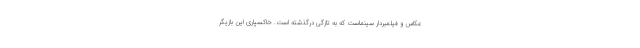
عکاس و فیلمبردار سینماست که به تازگی درگذشته است. خاکسپاری این بازیگر